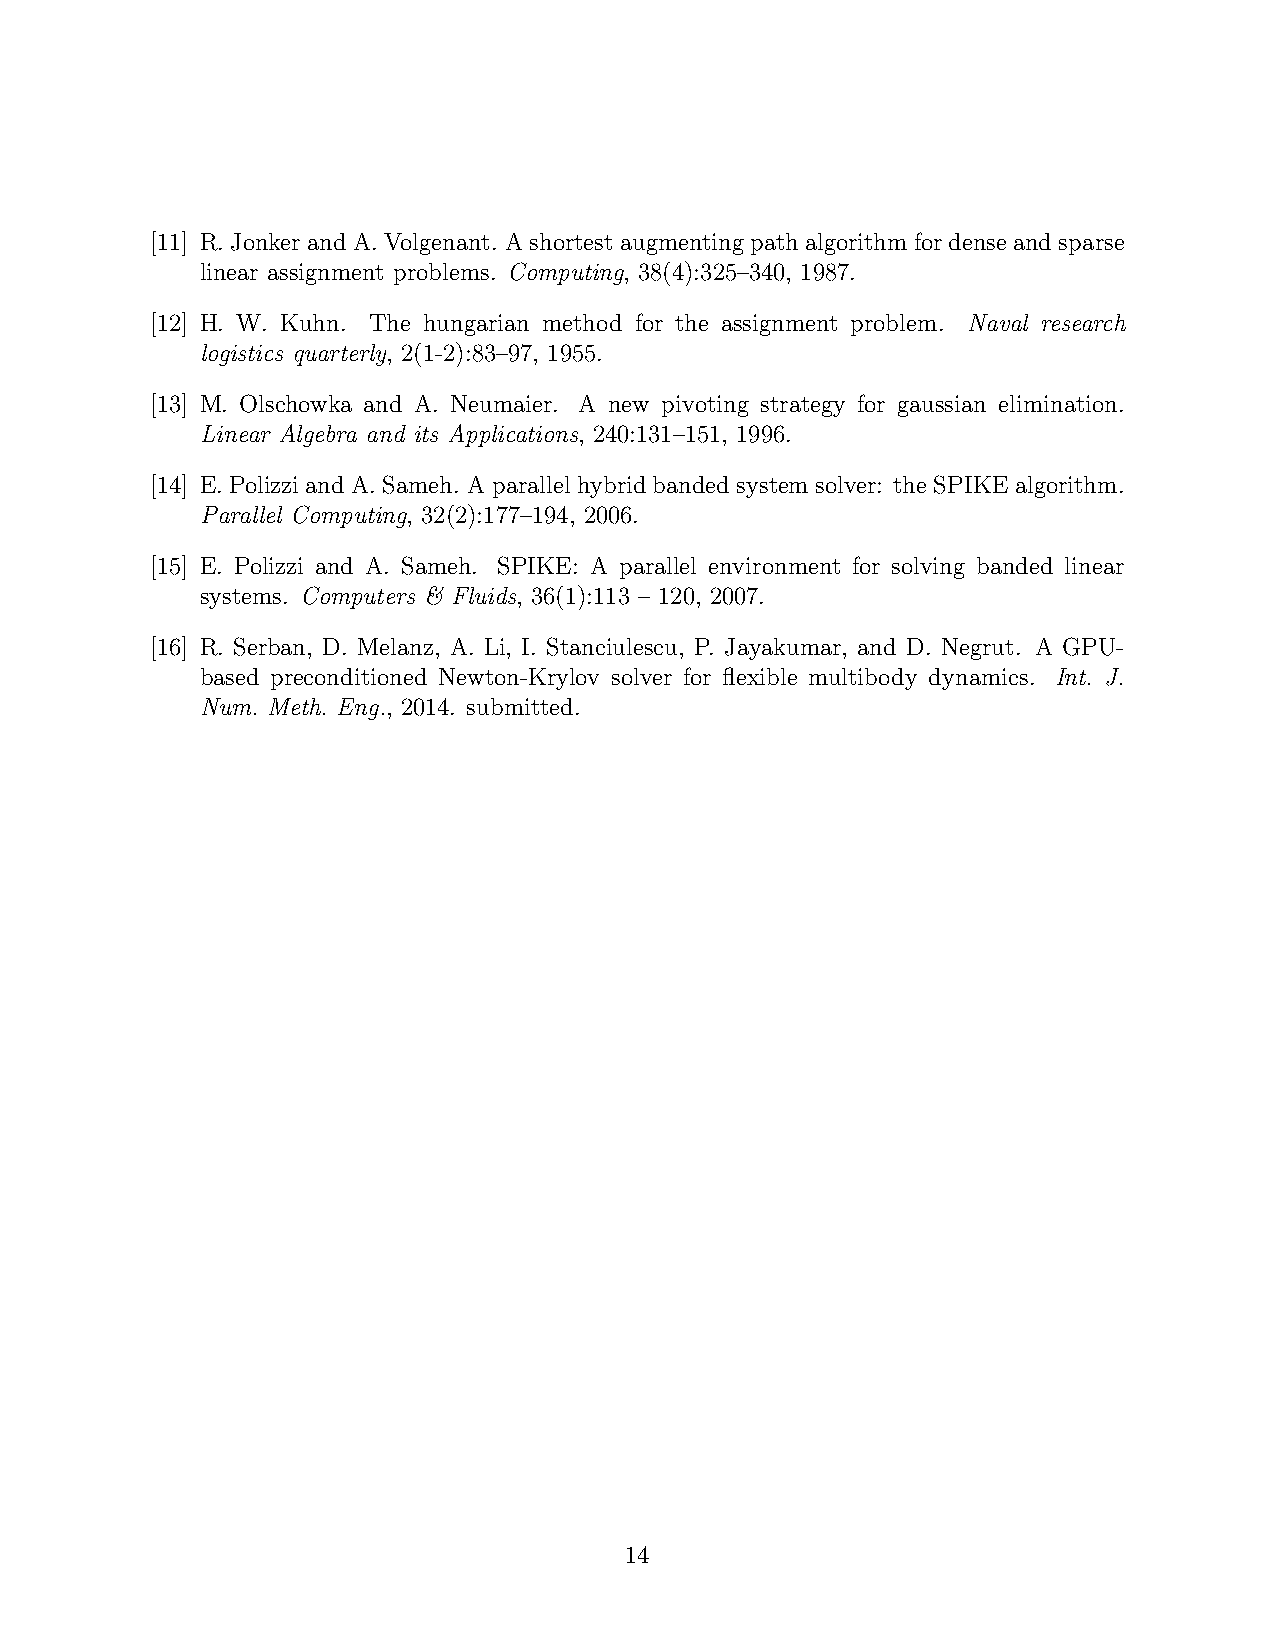
[11] R.JonkerandA.Volgenant. Ashortestaugmentingpathalgorithmfordenseandsparse
 linear assignment problems. Computing, 38(4):325–340, 1987.
 [12] H. W. Kuhn. The hungarian method for the assignment problem. Naval research
 logistics quarterly, 2(1-2):83–97, 1955.
 [13] M. Olschowka and A. Neumaier. A new pivoting strategy for gaussian elimination.
 Linear Algebra and its Applications, 240:131–151, 1996.
 [14] E. Polizzi and A. Sameh. A parallel hybrid banded system solver: the SPIKE algorithm.
 Parallel Computing, 32(2):177–194, 2006.
 [15] E. Polizzi and A. Sameh. SPIKE: A parallel environment for solving banded linear
 systems. Computers & Fluids, 36(1):113 – 120, 2007.
 [16] R. Serban, D. Melanz, A. Li, I. Stanciulescu, P. Jayakumar, and D. Negrut. A GPU-
 based preconditioned Newton-Krylov solver for flexible multibody dynamics. Int. J.
 Num. Meth. Eng., 2014. submitted.
 14